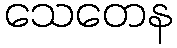
သေတေန